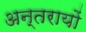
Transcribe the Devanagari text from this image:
अन्तरायों